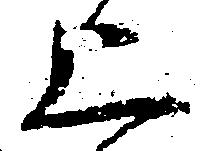
上